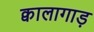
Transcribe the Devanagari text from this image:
क्वालागाड़